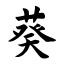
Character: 葵